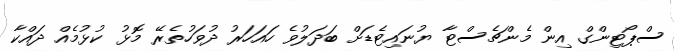
ސްޕޯޓިންގް އިން މެންޗެސްޓާ ޔުނައިޓެޑަށް ބަދަލުވެ ހައަހަރު ދުވަހުތެރޭ މޮޅު ކުޅުމެއް ދައްކާ